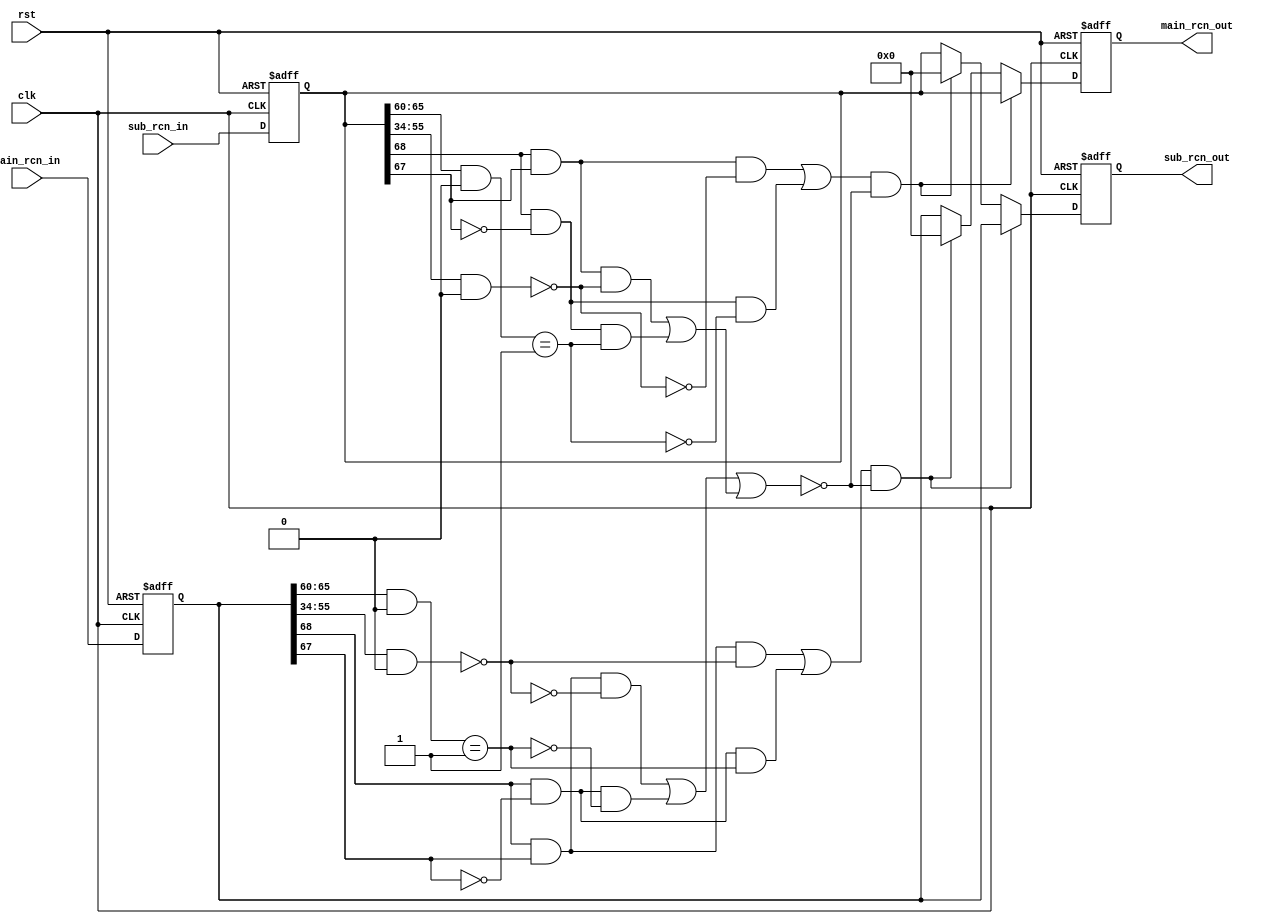
module rcn_bridge
(
    input rst,
    input clk,
    input [68:0] main_rcn_in,
    output [68:0] main_rcn_out,
    input [68:0] sub_rcn_in,
    output [68:0] sub_rcn_out
);
    parameter ID_MASK = 0;
    parameter ID_BASE = 1;
    parameter ADDR_MASK = 0;
    parameter ADDR_BASE = 1;
    reg [68:0] main_rin;
    reg [68:0] main_rout;
    reg [68:0] sub_rin;
    reg [68:0] sub_rout;
    assign main_rcn_out = main_rout;
    assign sub_rcn_out = sub_rout;
    wire [5:0] my_id_mask = ID_MASK;
    wire [5:0] my_id_base = ID_BASE;
    wire [23:0] my_addr_mask = ADDR_MASK;
    wire [23:0] my_addr_base = ADDR_BASE;
    wire main_req = main_rin[68] && main_rin[67];
    wire main_rsp = main_rin[68] && !main_rin[67];
    wire main_id_match = ((main_rin[65:60] & my_id_mask) == my_id_base);
    wire main_addr_match = ((main_rin[55:34] & my_addr_mask[23:2]) == my_addr_base[23:2]);
    wire sub_req = sub_rin[68] && sub_rin[67];
    wire sub_rsp = sub_rin[68] && !sub_rin[67];
    wire sub_id_match = ((sub_rin[65:60] & my_id_mask) == my_id_base);
    wire sub_addr_match = ((sub_rin[55:34] & my_addr_mask[23:2]) == my_addr_base[23:2]);
    wire main_2_main = (main_req && !main_addr_match) || (main_rsp && !main_id_match);
    wire sub_2_sub = (sub_req && sub_addr_match) || (sub_rsp && sub_id_match);
    wire no_cross = main_2_main || sub_2_sub;
    wire main_2_sub = (main_req && main_addr_match) || (main_rsp && main_id_match);
    wire sub_2_main = (sub_req && !sub_addr_match) || (sub_rsp && !sub_id_match);
    always @ (posedge clk or posedge rst)
        if (rst)
        begin
            main_rin <= 69'd0;
            main_rout <= 69'd0;
            sub_rin <= 69'd0;
            sub_rout <= 69'd0;
        end
        else
        begin
            main_rin <= main_rcn_in;
            main_rout <= (sub_2_main && !no_cross) ? sub_rin :
                         (main_2_sub && !no_cross) ? 69'd0 : main_rin;
            sub_rin <= sub_rcn_in;
            sub_rout <= (main_2_sub && !no_cross) ? main_rin :
                        (sub_2_main && !no_cross) ? 69'd0 : sub_rin;
        end
endmodule